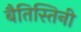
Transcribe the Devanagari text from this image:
बैतिस्तिनी